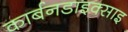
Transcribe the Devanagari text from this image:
कार्बनडाइक्साइ